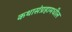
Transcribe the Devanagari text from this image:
कथासंग्रहामधील